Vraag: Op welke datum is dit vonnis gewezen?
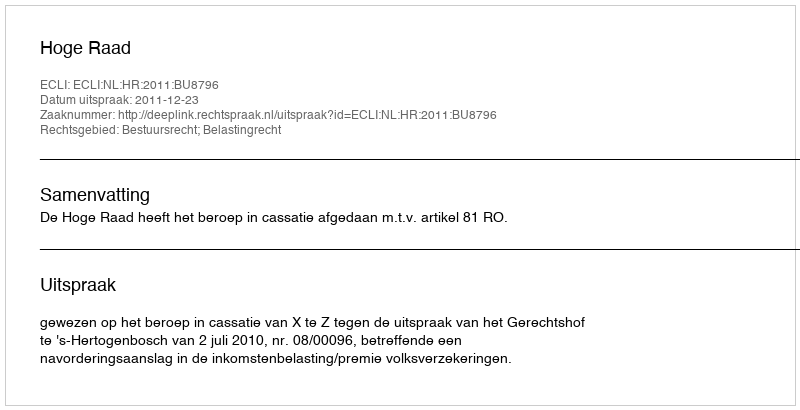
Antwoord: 2011-12-23